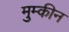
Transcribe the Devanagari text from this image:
मुम्कीन